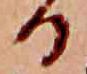
る